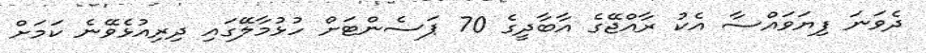
ދެވަނަ ފިޔަވައްސާ އެކު ރާއްޖޭގެ އާބާދީގެ 70 ޕަސެންޓަށް ހުޅުމާލޭގައި ދިރިއުޅެވޭނެ ކަމަށް